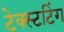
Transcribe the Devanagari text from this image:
टेक्स्टटिंग